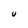
Character: U